Treatise on elephants
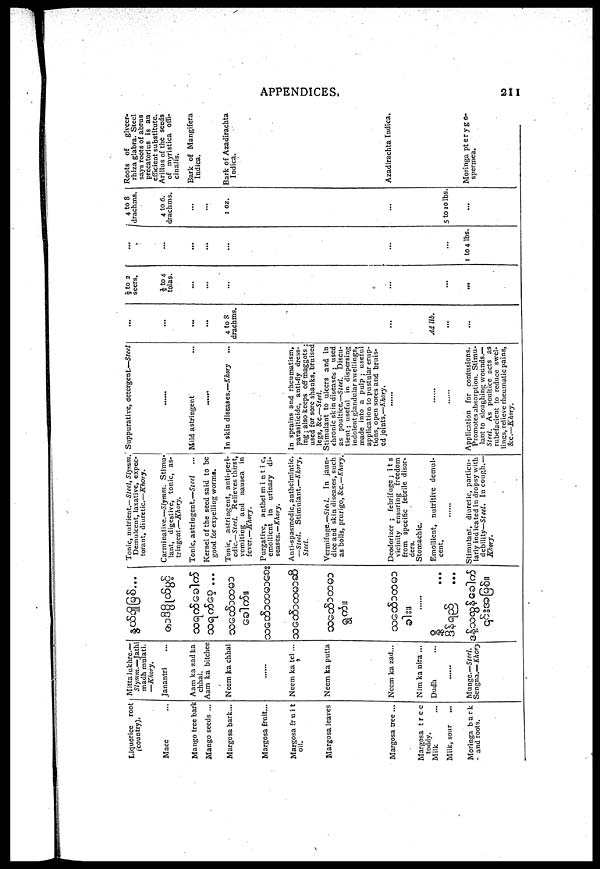
APPENDICES.
211
Liquorice
root
(country).
Mace ...
Mango tree bark
Mango seeds ...
Margosa bark...
Margosa fruit...
Margosa fruit
oil.
Margosa leaves
Margosa tree ...
Margosa tree
toddy.
Milk ...
MilK, sour ...
Moringa bark
and roots.
Mittalukhrc.—
Slymm.—Jathi
madh mulati.
—Khory,
Janantri ...
Aam ka zad ka
chhal.
Aam ka bitchee
Neem ka chhal
.........
Neem ka tel ...
Neem ka putta
Neem ka zad ...
Nim ka nira...
Dudh ....
......
Munge.—Steel.
Sengna.— Khory
...
...
......
...
Tonic, nutrient.— Steel, Slymm.
Demulcent, laxative, expec-
torant, diuretic—Khory.
Carminative.—Slymm. Stimu-
lant, digestive, tonic, as-
tringent.—Khory.
Tonic, astringent.—Steel
Kernel of the seed said to be
good for expelling worms.
Tonic, astringent, anti-peri-
odic— Steel. Relieves thirst,
vomiting and nausea in
fever.—Khory.
Purgative, anthel mintic,
emollient in urinary di-
seases.— Khory.
Anti-spasmodic, anthelmintic.
—Steel. Stimulant.—Khory,
Steel.
Vermifuge.—Sled. In jaun-
dice and skin diseases, such
as boils, prurigo, &c.—Khory.
Deodorizer ; febrifuge ; its
vicinity ensuring freedom
from specific febrile disor-
ders.
Stomachic.
Emollient, nutritive demul-
cent.
......
Stimulant, diuretic, particu-
larly indicated in dropsy with
debility—St eel. In cough.—
Khory.
Suppurative, detergent.—Steel
......
Mild astringent
......
In skin diseases.—Khory ...
In sprains and rheumatism,
parasiticide, anti-fly dress-
ing; also keeps off maggots ;
used for sore shanks, bruised
legs, &c.—Steel.
Stimulant to ulcers and in
chronic sk in diseases ; used
as poultice.—Steel. Discu-
tient; useful in dispersing
indolent glandular swellings,
made into a pulp ; useful
application to pustular erup-
tions, open sores and bruis-
ed joints.—Khory.
......
......
......
Application for contusions.
Promotes absorption. Stimu-
lant to sloughing wounds.—
Steel. As poultice acts as
rubefacient to reduce swel-
lings, relieve rheumatic pains,
&c.—Khory.
...
...
...
...
4 to 8
drachms.
...
Ad lib.
...
...
½ to 2
seers.
½ to 4
tolas.
...
...
...
...
...
...
...
...
...
...
...
...
...
1 to 4 lbs.
4 to 8
drachms.
4 to 6.
drachms.
...
...
1 oz.
...
5 to 10 lbs.
...
Roots of
glycer-
rhiza glabra. Steel
says roots of abrus
precatorius is an
efficient substitute.
Arillus of the seeds
of myristica offi-
cinalis.
Bark of Mangifera
Indica.
Bark of Azadirachta
Indica.
Azadirachta Indica.
Moringa pterygo-
spermea.